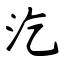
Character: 汔